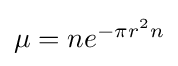
{\textstyle \mu =ne^{-\pi r^{2}n}}